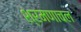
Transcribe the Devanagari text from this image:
श्रमणाचल